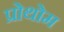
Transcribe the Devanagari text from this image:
प्रोथोम